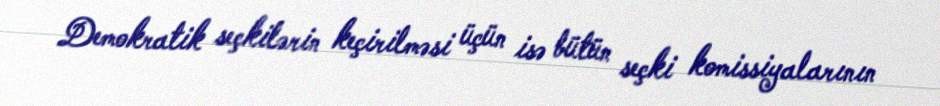
Demokratik seçkilərin keçirilməsi üçün isə bütün seçki komissiyalarının